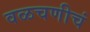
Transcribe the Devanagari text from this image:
वळचणीचं